Civil Veterinary Department Bihar & Orissa reports 1922-29 - 1922-1929
Year: 1922
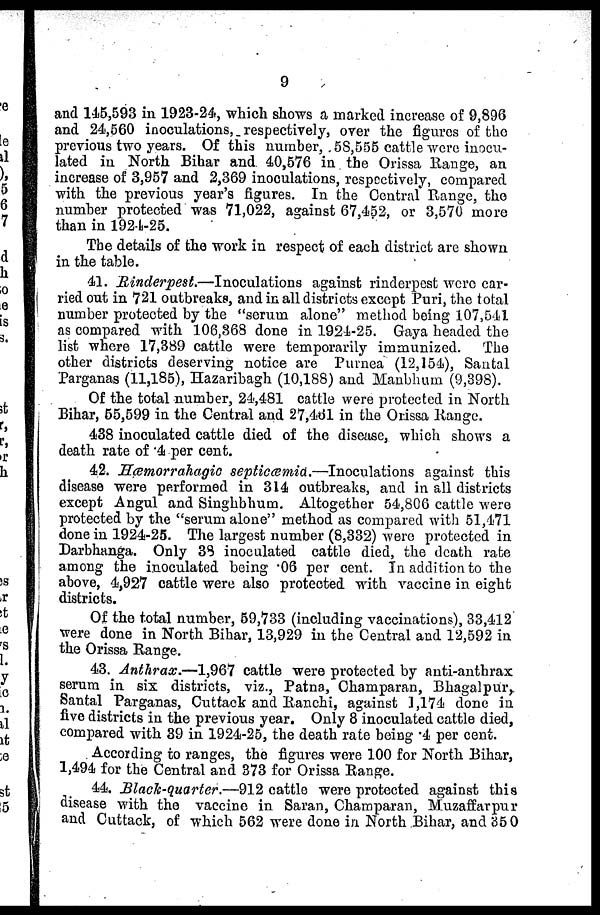
9
and 145,593 in 1923-24, which shows a marked increase of 9,896
and 24,560 inoculations, respectively, over the figures of the
previous two years. Of this number, 5S,555 cattle were inocu-
lated in North Bihar and. 40,576 in the Orissa Range, an
increase of 3,957 and 2,369 inoculations, respectively, compared
with the previous year's figures. In the Central Range, the
number protected was 71,022, against 67,452, or 3,570 more
than in 1924-25.
The details of the work in respect of each district are shown
in the table.
41. Rinderpest.—Inoculations against rinderpest were car-
ried out in 721 outbreaks, and in all districts except Puri, the total
number protected by the "serum alone" method being 107,541
as compared with 106,368 done in 1924-25. Gaya headed the
list where 17,389 cattle were temporarily immunized. The
other districts deserving notice are Purnea (12,154), Santal
Parganas (11,185), Hazaribagh (10,188) and Manbhum (9,398).
Of the total number, 24,481 cattle were protected in North
Bihar, 55,599 in the Central and 27,461 in the Orissa Range.
438 inoculated cattle died of the disease, which shows a
death rate of '4 per cent.
42. Hæmorrahagio septiccemid.—Inoculations against this
disease were performed in 314 outbreaks, and in all districts
except Angul and Singhbhum. Altogether 54,806 cattle were
protected by the "serum alone" method as compared with 51,471
done in 1924-25. The largest number (8,332) were protected in
Darbhanga. Only 38 inoculated cattle died, the death rate
among the inoculated being '06 per cent. In addition to the
above, 4,927 cattle were also protected with vaccine in eight
districts.
Of the total number, 59,733 (including vaccinations), 33,412
were done in North Bihar, 13,929 in the Central and 12,592 in
the Orissa Range.
43. Anthrax.—1,967 cattle were protected by anti-anthrax
serum in six districts, viz., Patna, Champaran, Bhagalpur,.
Santal Parganas, Cuttack and Ranchi, against 1,174 done in
five districts in the previous year. Only 8 inoculated cattle died,
compared with 39 in 1924-25, the death rate being 4 per cent.
According to ranges, the figures were 100 for North Bihar,
1,494 for the Central and 373 for Orissa Range.
44. Black-quarter.—912 cattle were protected against this
disease with the vaccine in Saran, Champaran, Muzaffarpur
and Cuttack, of which 562 were done in North Bihar, and 35 0